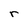
Character: r